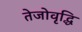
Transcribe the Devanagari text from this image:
तेजोवृद्धि